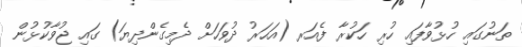
ތަނުގައި ހުޅުވާފައި ހުރި ހަކުރާ ފެއަރ (އަހަރު ދުވަހަށް ދެމިގެންދިޔަ) ގައި ޖުވާކުޅުން